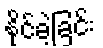
နိုင်ခဲ့ခြင်း